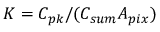
K = C _ { p k } / ( C _ { s u m } A _ { p i x } )